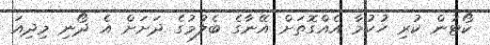
ކޯޓުން ކުރި ހުކުމާ އެއްގޮތަށް އޭނާގެ ބެލުމުގެ ދަށަށް އެ ދޯނި މިދިއަ